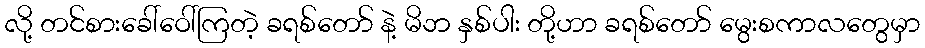
လို့ တင်စားခေါ်ဝေါ်ကြတဲ့ ခရစ်တော် နဲ့ မိဘ နှစ်ပါး တို့ဟာ ခရစ်တော် မွေးစကာလတွေမှာ